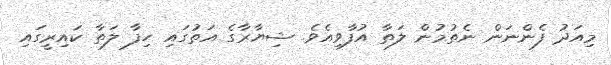
މިއަދު ފެންނަން ނެތުމުން ލަތާ އުފާވިއެވެ. ޝިޔާރާގެ އަތުގައި ހިފާ ލަތާ ކައިރީގައި